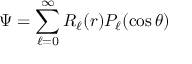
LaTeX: \Psi = \sum _ { \ell = 0 } ^ { \infty } R _ { \ell } ( r ) P _ { \ell } ( \cos \theta )